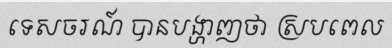
ទេសចរណ៍ បានបង្ហាញថា ស្របពេល